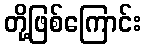
တို့ဖြစ်ကြောင်း